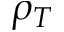
\rho _ { T }